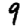
Digit: 9